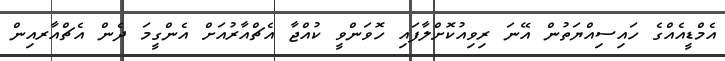
އެމްޑީއެއްގެ ހައިސިއްޔަތުން އޭނަ ރިވިއުކޮށްލާފައި ހޮވަންވީ ކުއްޖާ އެޗްއާރުއަށް އެންގީމަ ދެން އެޗްއާރއިން